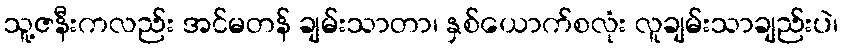
သူ့ဇနီးကလည်း အင်မတန် ချမ်းသာတာ၊ နှစ်ယောက်စလုံး လူချမ်းသာချည်းပဲ၊